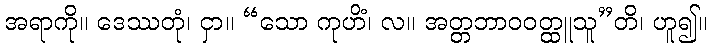
အရာကို။ ဒေဿတုံ၊ ငှာ။ “သော ကုဟိံ၊ လ။ အတ္တဘာဝဝတ္ထူသူ”တိ၊ ဟူ၍။